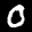
Label: 0